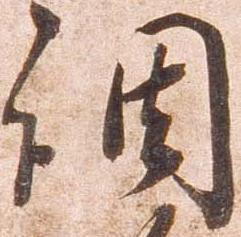
調